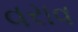
વરાવ